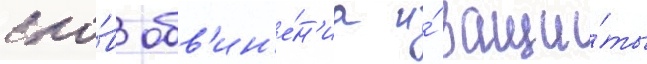
сло́в обв'ин'е́н'иа и́ защи́ты